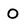
Character: O